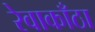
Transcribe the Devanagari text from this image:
रेवाकाँठा